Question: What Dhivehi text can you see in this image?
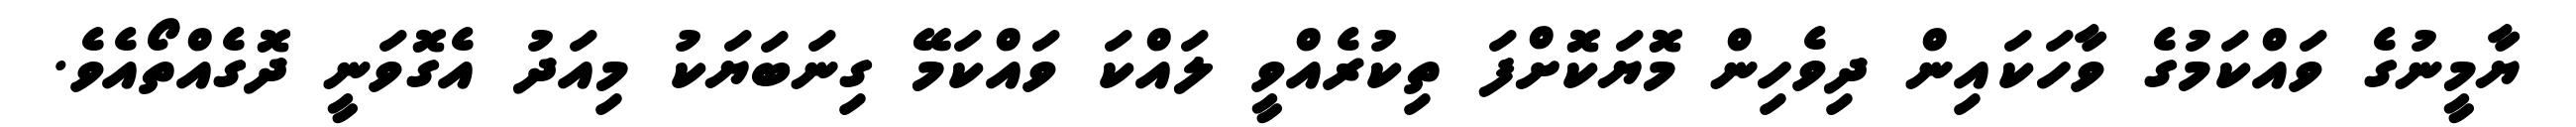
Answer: ޔާމީނުގެ ވައްކަމުގެ ވާހަކައިން ދިވެހިން މޮޔަކޮށްފަ ތިކުރެއްވީ ލައްކަ ވައްކަމޭ ގިނަބަޔަކު މިއަދު އެގޮވަނީ ދޮގެއްތޯއެވެ.